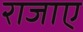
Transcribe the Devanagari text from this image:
राजाए